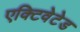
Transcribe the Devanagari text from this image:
एक्टिवेटेड